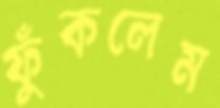
ফুঁকলেম